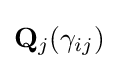
\mathbf {Q} _{j}(\gamma _{ij})